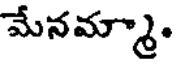
మేనమ్మా.